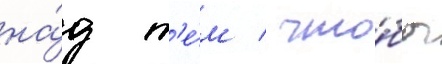
на́д т'е́м / что́бы